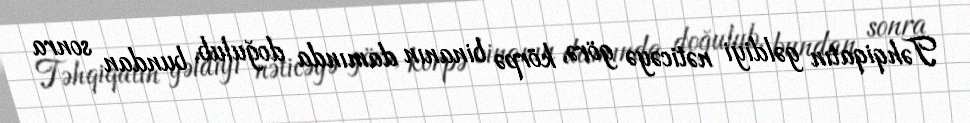
Təhqiqatın gəldiyi nəticəyə görə, körpə binanın damında doğulub, bundan sonra